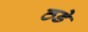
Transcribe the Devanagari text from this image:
ठडे